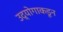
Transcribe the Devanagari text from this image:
उद्योगाकडून